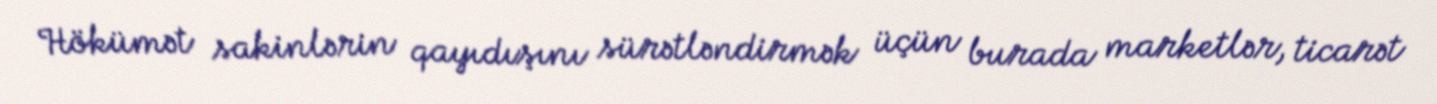
Hökümət sakinlərin qayıdışını sürətləndirmək üçün burada marketlər, ticarət